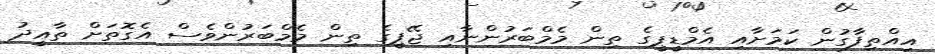
އިއްތިފާގުން ކަމަށާއި އެމްޑީޕީގެ ތިން މެމްބަރުންނާއި ޖޭޕީގެ ތިން މެމްބަރުންވެސް އެގޮތަށް ތާއީދު